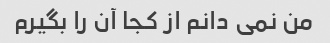
من نمی دانم از کجا آن را بگیرم